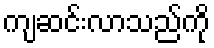
ကျဆင်းလာသည်ကို